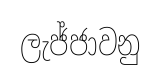
ලැජ්ජාවනු